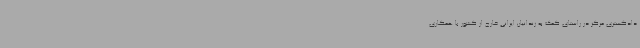
دادگستری مرکز در راستای کمک به زندانیان ایرانی خارج از کشور با همکاری